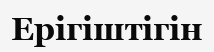
Ерігіштігін